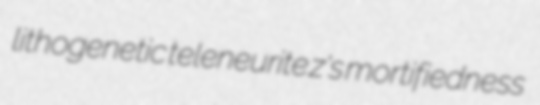
lithogenetic teleneurite z's mortifiedness